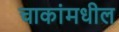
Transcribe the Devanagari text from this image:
चाकांमधील